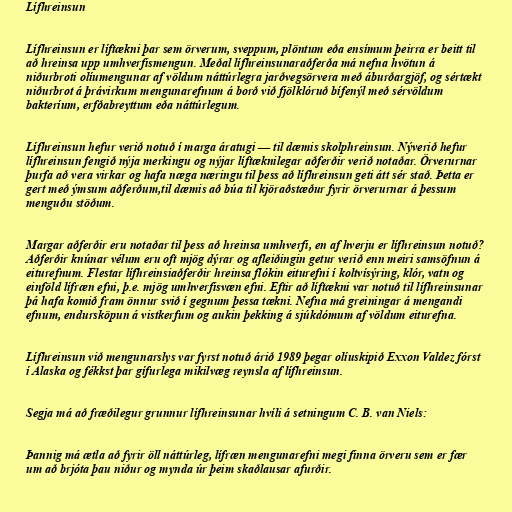
Lífhreinsun

Lífhreinsun er líftækni þar sem örverum, sveppum, plöntum eða ensímum þeirra er beitt til
að hreinsa upp umhverfismengun. Meðal lífhreinsunaraðferða má nefna hvötun á
niðurbroti olíumengunar af völdum náttúrlegra jarðvegsörvera með áburðargjöf, og sértækt
niðurbrot á þrávirkum mengunarefnum á borð við fjölklóruð bífenýl með sérvöldum
bakteríum, erfðabreyttum eða náttúrlegum.

Lífhreinsun hefur verið notuð í marga áratugi — til dæmis skolphreinsun. Nýverið hefur
lífhreinsun fengið nýja merkingu og nýjar líftæknilegar aðferðir verið notaðar. Örverurnar
þurfa að vera virkar og hafa næga næringu til þess að lífhreinsun geti átt sér stað. Þetta er
gert með ýmsum aðferðum,til dæmis að búa til kjöraðstæður fyrir örverurnar á þessum
menguðu stöðum.

Margar aðferðir eru notaðar til þess að hreinsa umhverfi, en af hverju er lífhreinsun notuð?
Aðferðir knúnar vélum eru oft mjög dýrar og afleiðingin getur verið enn meiri samsöfnun á
eiturefnum. Flestar lífhreinsiaðferðir hreinsa flókin eiturefni í koltvísýring, klór, vatn og
einföld lífræn efni, þ.e. mjög umhverfisvæn efni. Eftir að líftækni var notuð til lífhreinsunar
þá hafa komið fram önnur svið í gegnum þessa tækni. Nefna má greiningar á mengandi
efnum, endursköpun á vistkerfum og aukin þekking á sjúkdómum af völdum eiturefna.

Lífhreinsun við mengunarslys var fyrst notuð árið 1989 þegar olíuskipið Exxon Valdez fórst
í Alaska og fékkst þar gífurlega mikilvæg reynsla af lífhreinsun.

Segja má að fræðilegur grunnur lífhreinsunar hvíli á setningum C. B. van Niels:

Þannig má ætla að fyrir öll náttúrleg, lífræn mengunarefni megi finna örveru sem er fær
um að brjóta þau niður og mynda úr þeim skaðlausar afurðir.